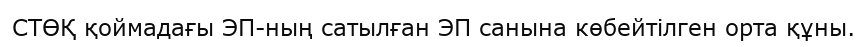
СТӨҚ қоймадағы ЭП-ның сатылған ЭП санына көбейтілген орта құны.